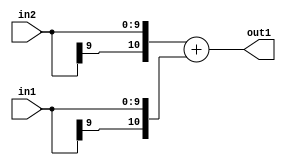
`timescale 1ps / 1ps
/*****************************************************************************
    Verilog RTL Description
    
    
    Created by: Stratus DpOpt 2019.1.01 
*******************************************************************************/

module SobelFilter_Add_10Sx10S_11S_4 (
	in2,
	in1,
	out1
	); /* architecture "behavioural" */ 
input [9:0] in2,
	in1;
output [10:0] out1;
wire [10:0] asc001;

assign asc001 = 
	+({in2[9], in2})
	+({in1[9], in1});

assign out1 = asc001;
endmodule

/* CADENCE  ubD4SA4= : u9/ySgnWtBlWxVPRXgAZ4Og= ** DO NOT EDIT THIS LINE ******/